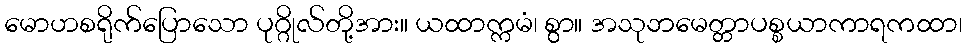
မောဟစရိုက်ပြောသော ပုဂ္ဂိုလ်တို့အား။ ယထာက္ကမံ၊ စွာ။ အသုဘမေတ္တာပစ္စယာကာရကထာ၊